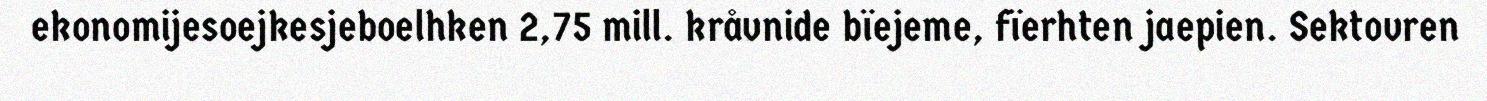
ekonomijesoejkesjeboelhken 2,75 mill. kråvnide bïejeme, fïerhten jaepien. Sektovren